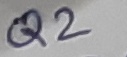
Text: Q2